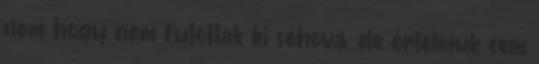
nem hogy nem futottak ki sehova, de értelmük sem